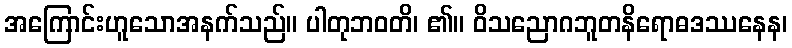
အကြောင်းဟူသောအနက်သည်။ ပါတုဘဝတိ၊ ၏။ ဝိသညောဂဘူတနိရောဓဒဿနေန၊